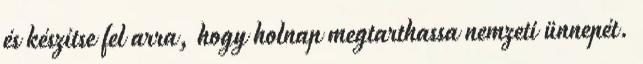
és készítse fel arra, hogy holnap megtarthassa nemzeti ünnepét.